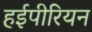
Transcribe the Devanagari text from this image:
हईपीरियन